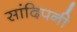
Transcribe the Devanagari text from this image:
सांदिपनी